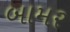
બામર